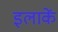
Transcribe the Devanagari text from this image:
इलाकें